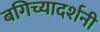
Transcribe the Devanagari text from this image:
बगिच्यादर्शनी